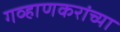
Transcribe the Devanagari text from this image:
गव्हाणकरांच्या